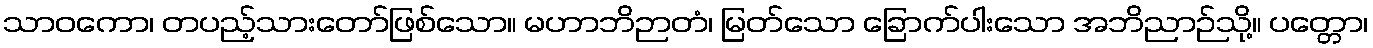
သာဝကော၊ တပည့်သားတော်ဖြစ်သော။ မဟာဘိဉာတံ၊ မြတ်သော ခြောက်ပါးသော အဘိညာဉ်သို့။ ပတ္တော၊